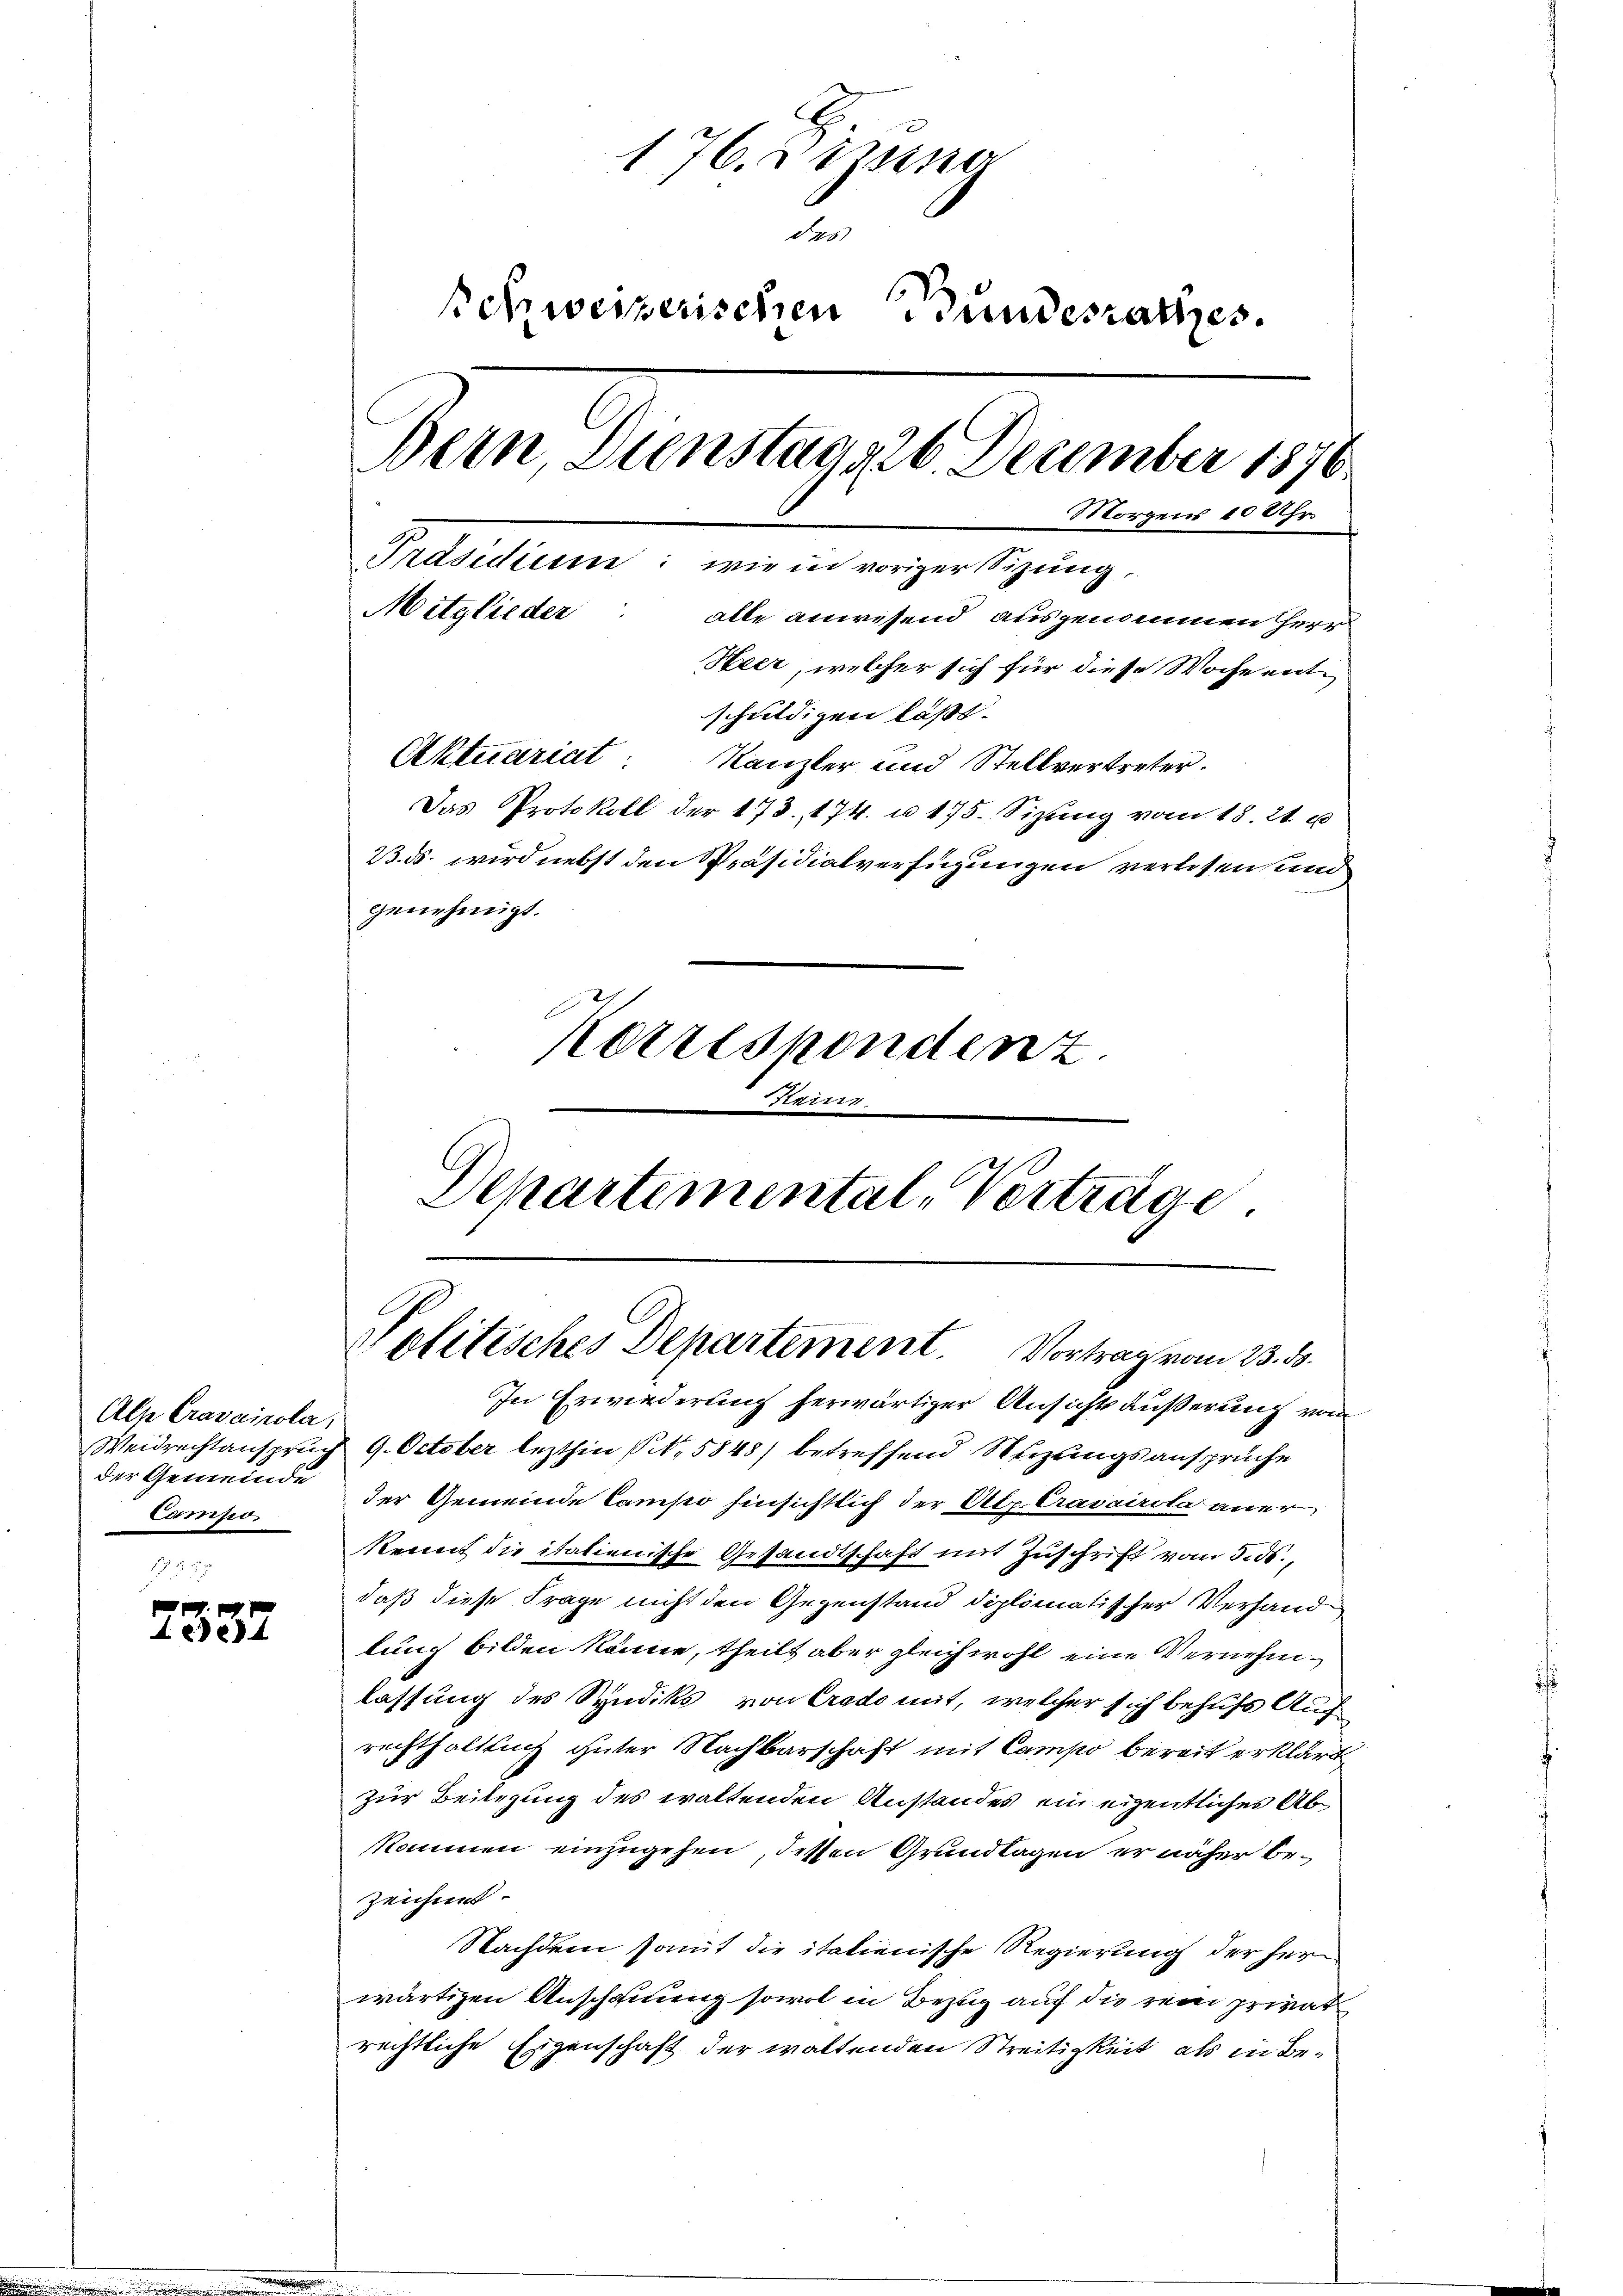
Als Cravaicola,
der Gemeinde
Campo.

2337

176. dizina
des
Schweizerischen Bundesrathes.
Bern, Dienstag 26. Dezember 1876
Morgens 10 Uhr.
Präsidium: wie in voriger Sitzung,
Mitglieder
alle anwesend ausgenommen Herr
Heer, welcher sich für diese Woche entschuldigen läßt.
Aktuariat: Kanzler und Stellvertreter.
Das Protokoll der 173. 174. u. 475. Sizŭng vom 18. 21. u
23. ds. wird nebst den Präsidialverfügungen verlesen und
genehmigt.
Korrespondenz
Departemental-Verträge

Politisches Departement. Vortrag vom 23. d.

In Erwiederung herwärtiger Ansichts äußerung von
Weidrechtanspruch 9. October lezthin (1. 5848) betreffend Seizungsansprüche
der Gemeinde Compo hinsichtlich der Alp. Cravairola aner
Kennt die italienische Gesandtschaft mit Zuschrift vom 5. ds.,
daß diese Frage nicht den Gegenstand diplomatischer Verhand
lung bilden könne, theilt aber gleichwohl eine Vernehmlassung des Syndiks von Credo mit, welcher sich behufs Auch
rechthaltlich guter Nachbarschaft mit Campo bereit erklärt
zur Beilegung des waltenden Anstandes ein eigentliches Abkommen einzugehen, dessen Grundlagen er näher bezeichnet.
Nachdem somit die italienische Regierung der herwärtigen Anschauung sowol in Bezug auf die rein privat
rechtliche Eigenschaft der waltenden Streitigkeit, als in Be¬